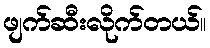
ဖျက်ဆီးလိုက်တယ်။